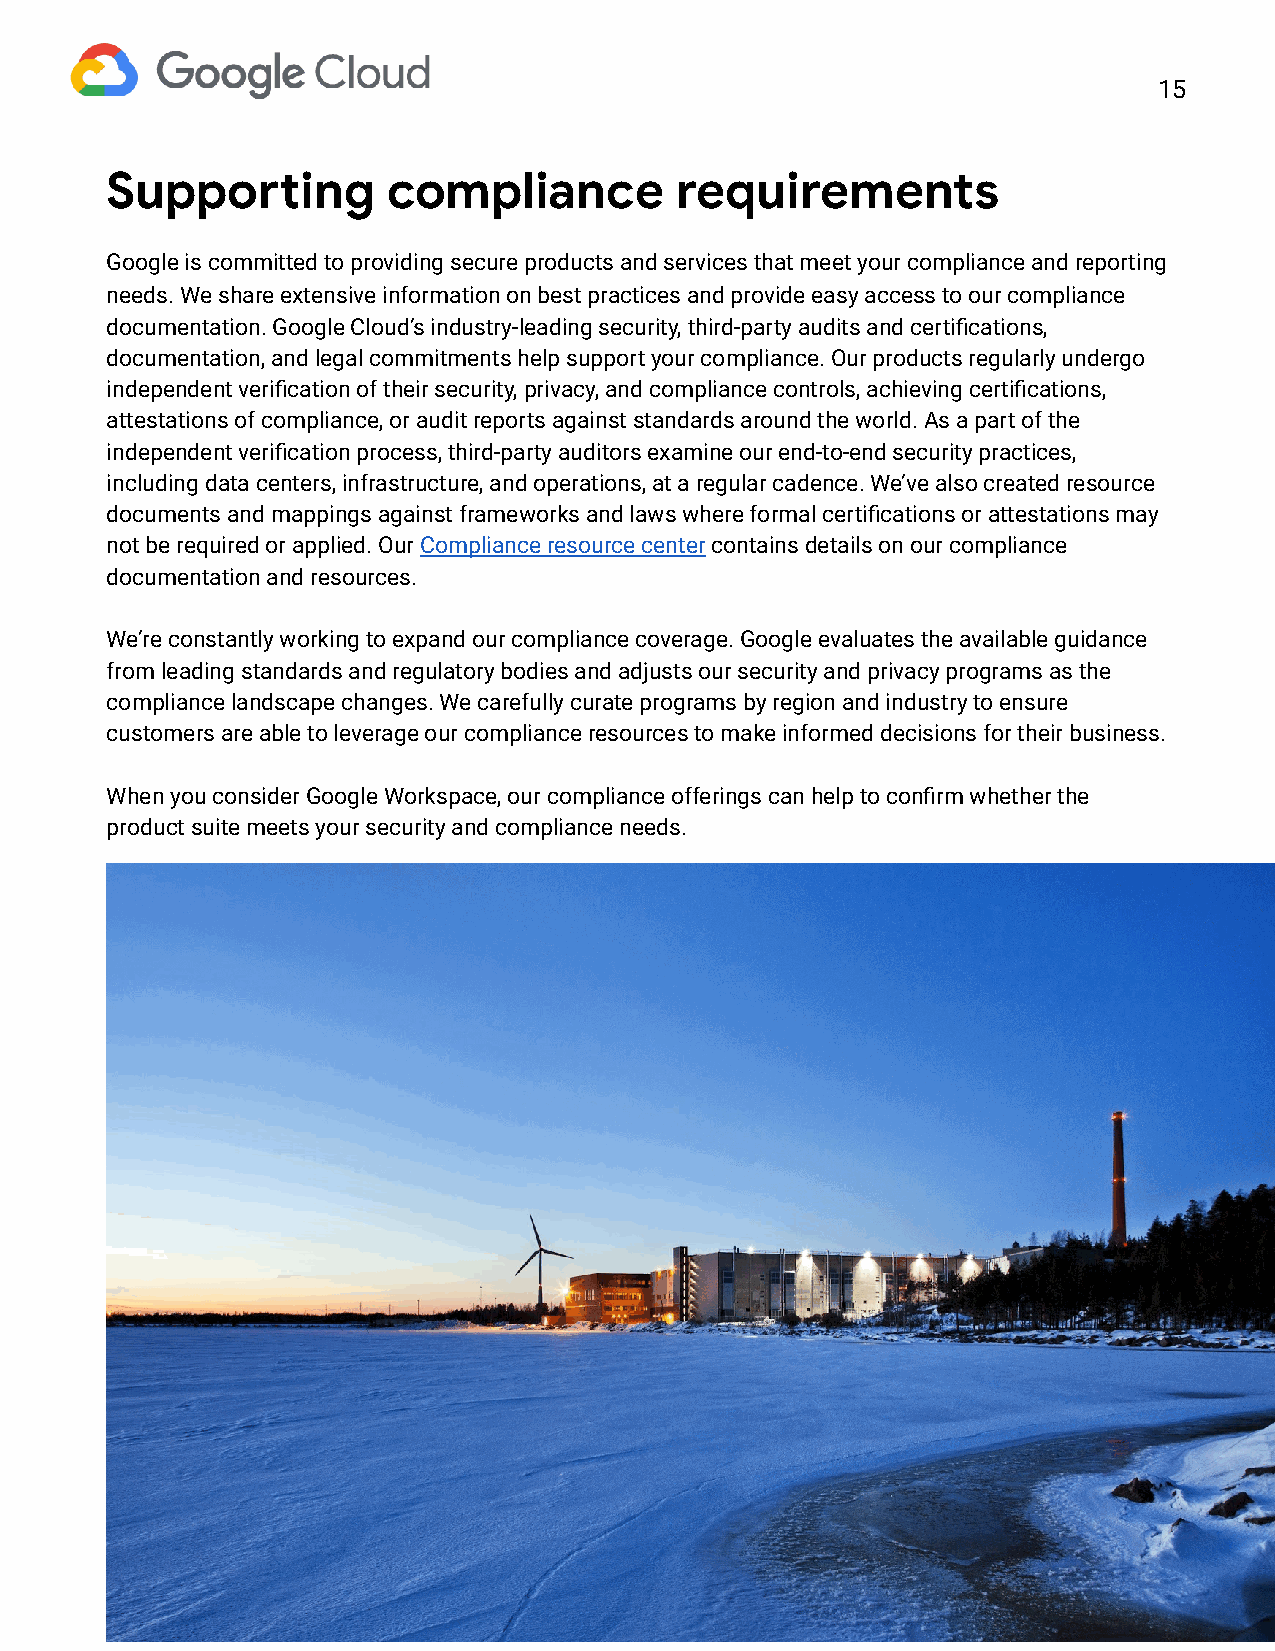
15
 Suppoing          compliance         requirements
 Google is committed to providing secure products and services that meet your compliance and reporting
 needs. We share extensive information on best practices and provide easy access to our compliance
 documentation. Google Cloud’s industry-leading security, third-party audits and certifications,
 documentation, and legal commitments help support your compliance. Our products regularly undergo
 independent verification of their security, privacy, and compliance controls, achieving certifications,
 attestations of compliance, or audit reports against standards around the world. As a part of the
 independent verification process, third-party auditors examine our end-to-end security practices,
 including data centers, infrastructure, and operations, at a regular cadence. We’ve also created resource
 documents and mappings against frameworks and laws where formal certifications or attestations may
 not be required or applied. Our C ompliance resource center contains details on our compliance
 documentation and resources.
 We’re constantly working to expand our compliance coverage. Google evaluates the available guidance
 from leading standards and regulatory bodies and adjusts our security and privacy programs as the
 compliance landscape changes. We carefully curate programs by region and industry to ensure
 customers are able to leverage our compliance resources to make informed decisions for their business.
 When you consider Google Workspace, our compliance offerings can help to confirm whether the
 product suite meets your security and compliance needs.